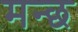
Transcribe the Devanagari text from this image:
मन्छ